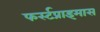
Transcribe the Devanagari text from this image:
फर्स्टप्राइमास